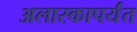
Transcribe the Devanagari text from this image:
अलास्कापर्यंत